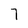
Character: 7